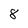
Character: 8